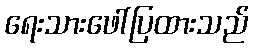
ရေးသားဖေါ်ပြထားသည်